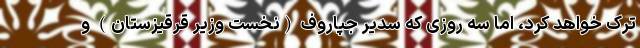
ترک خواهد کرد، اما سه روزی که سدیر جپاروف (نخست وزیر قرقیزستان) و